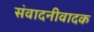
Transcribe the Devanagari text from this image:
संवादनीवादक